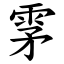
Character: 雺